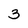
Character: 3